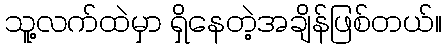
သူ့လက်ထဲမှာ ရှိနေတဲ့အချိန်ဖြစ်တယ်။